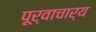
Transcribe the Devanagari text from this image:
पूर्वाचार्य